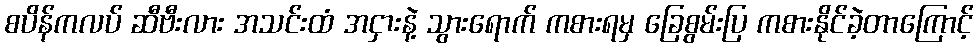
စပိန်ကလပ် ဆီဗီးလား အသင်းထံ အငှားနဲ့ သွားရောက် ကစားရမှ ခြေစွမ်းပြ ကစားနိုင်ခဲ့တာကြောင့်